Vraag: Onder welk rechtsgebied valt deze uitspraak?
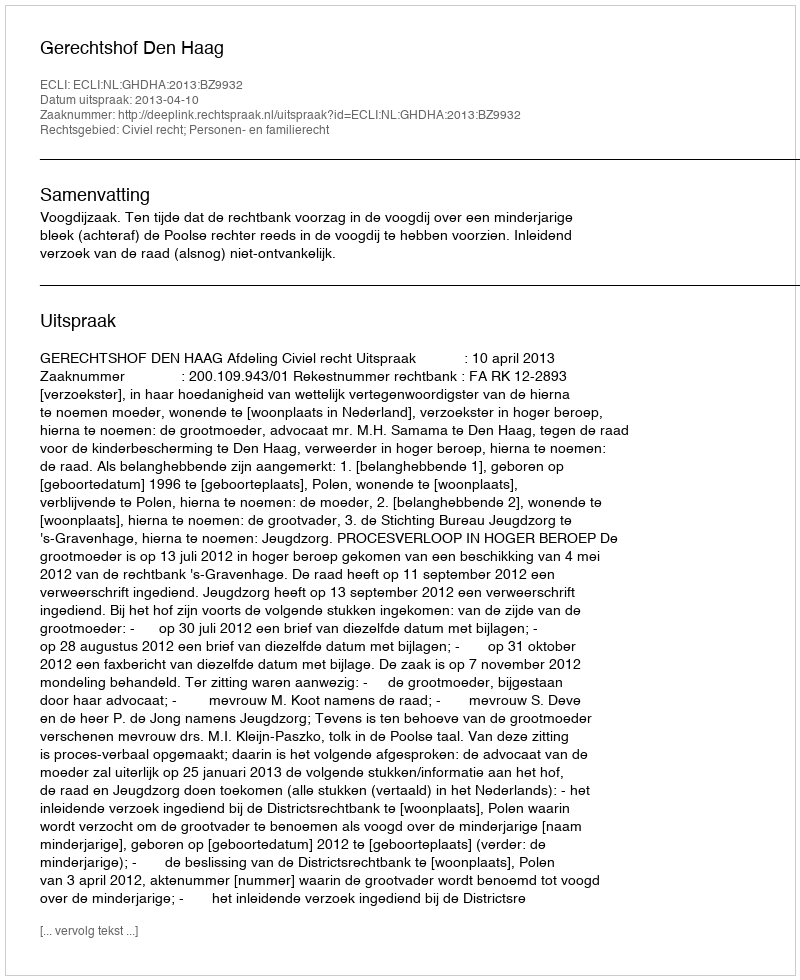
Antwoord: Civiel recht; Personen- en familierecht